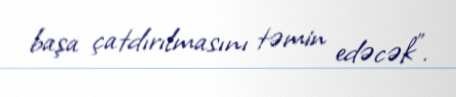
başa çatdırılmasını təmin edəcək”.